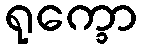
ရုက္ခော